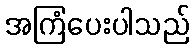
အကြံပေးပါသည်